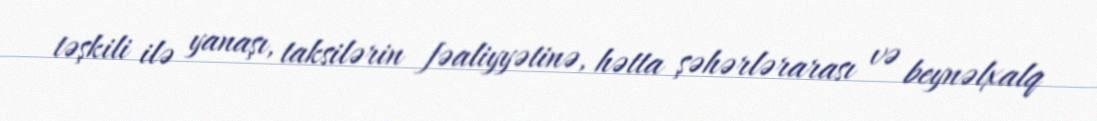
təşkili ilə yanaşı, taksilərin fəaliyyətinə, hətta şəhərlərarası və beynəlxalq